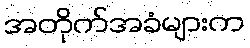
အတိုက်အခံများက